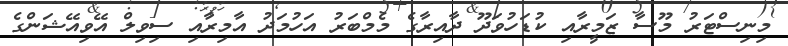
މިނިސްޓަރު މޫސާ ޒަމީރާއި ކުޑަހުވަދޫ ދާއިރާގެ މެމްބަރު އަހުމަދު އާމިރާއި ސިވިލް އޭވިއޭޝަންގެ